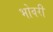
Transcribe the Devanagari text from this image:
भोवरी